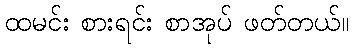
ထမင်း စားရင်း စာအုပ် ဖတ်တယ်။